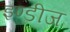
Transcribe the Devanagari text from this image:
इण्डीज